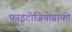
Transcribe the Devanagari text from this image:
फाइटोजियोग्राफी